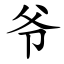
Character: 爷